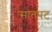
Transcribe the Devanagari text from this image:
सातपट